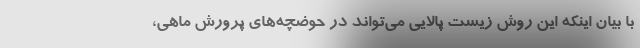
با بیان اینکه این روش زیست پالایی می‌تواند در حوضچه‌های پرورش ماهی،